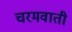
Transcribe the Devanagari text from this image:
चरमवाती